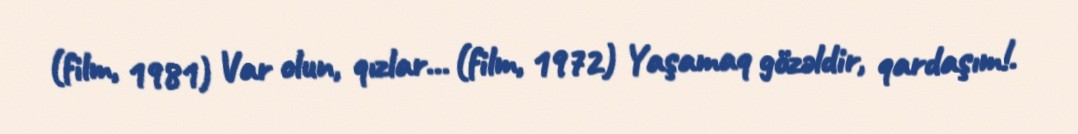
(film, 1981) Var olun, qızlar... (film, 1972) Yaşamaq gözəldir, qardaşım!.